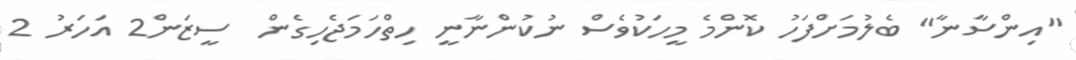
"އިންސާނާ" ބެލުމަށްފަހު ކޮންމެ މީހަކުވެސް ނުކުންނާނީ ހިތްހަމަޖެހިގެން  ސީޒަން2 އަހަރު 2